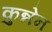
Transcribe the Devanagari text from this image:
कुन्नेन